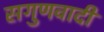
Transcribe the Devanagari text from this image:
सगुणवादी